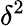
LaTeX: \delta^{2}